Vaccination in Bombay 1863-1868 - 1863-1868
Year: 1863
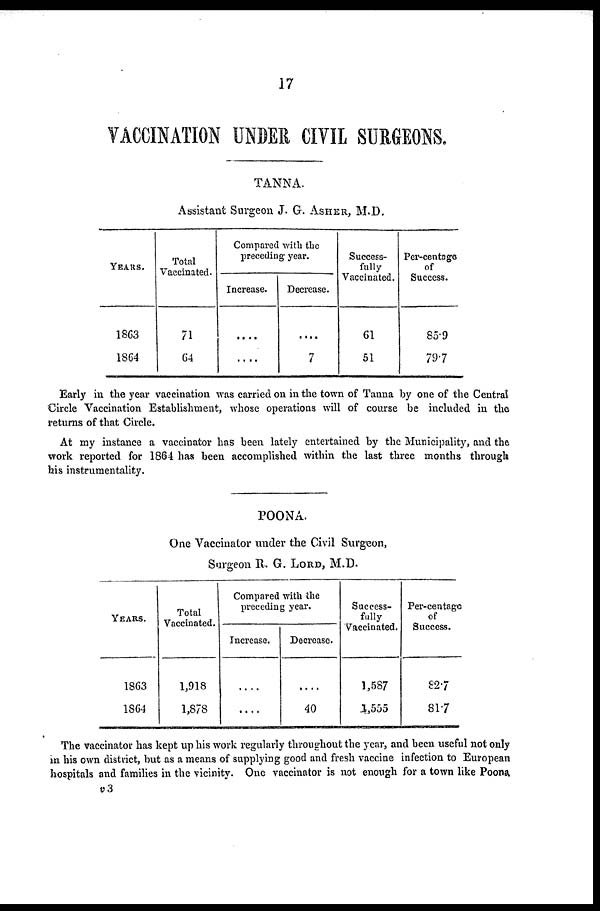
17
VACCINATION UNDER CIVIL SURGEONS.
TANNA.
Assistant Surgeon J. G. ASHER, M.D.
YEARS.
1863
1864
Total
Vaccinated.
71
64
Compared with the
preceding year.
Increase.
....
....
Decrease.
....
7
Success-
fully
Vaccinated.
61
51
Per-centage
of
Success.
85.9
79.7
Early in the year vaccination was carried on in the town of Tanna by one of the Central
Circle Vaccination Establishment, whose operations will of course be included in the
returns of that Circle.
At my instance a vaccinator has been lately entertained by the Municipality, and the
work reported for 1864 has been accomplished within the last three months through
his instrumentality.
POONA.
One Vaccinator under the Civil Surgeon,
Surgeon R. G. LORD, M.D.
YEARS.
1863
1864
Total
Vaccinated.
1,918
1,878
Compared with the
preceding year.
Increase.
....
....
Decrease.
....
40
Success-
fully
Vaccinated.
1,587
1,555
Per-centage
of
Success.
82.7
81.7
The vaccinator has kept up his work regularly throughout the year, and been useful not only
in his own district, but as a means of supplying good and fresh vaccine infection to European
hospitals and families in the vicinity. One vaccinator is not enough for a town like Poona.
v3